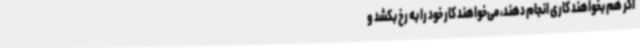
اگر هم بخواهند کاری انجام دهند، می‌خواهند کار خود را به رخ بکشد و